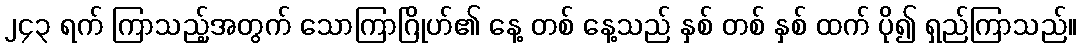
၂၄၃ ရက် ကြာသည့်အတွက် သောကြာဂြိုဟ်၏ နေ့ တစ် နေ့သည် နှစ် တစ် နှစ် ထက် ပို၍ ရှည်ကြာသည်။